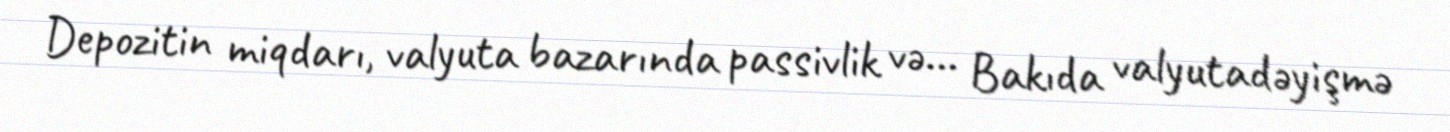
Depozitin miqdarı, valyuta bazarında passivlik və... Bakıda valyutadəyişmə